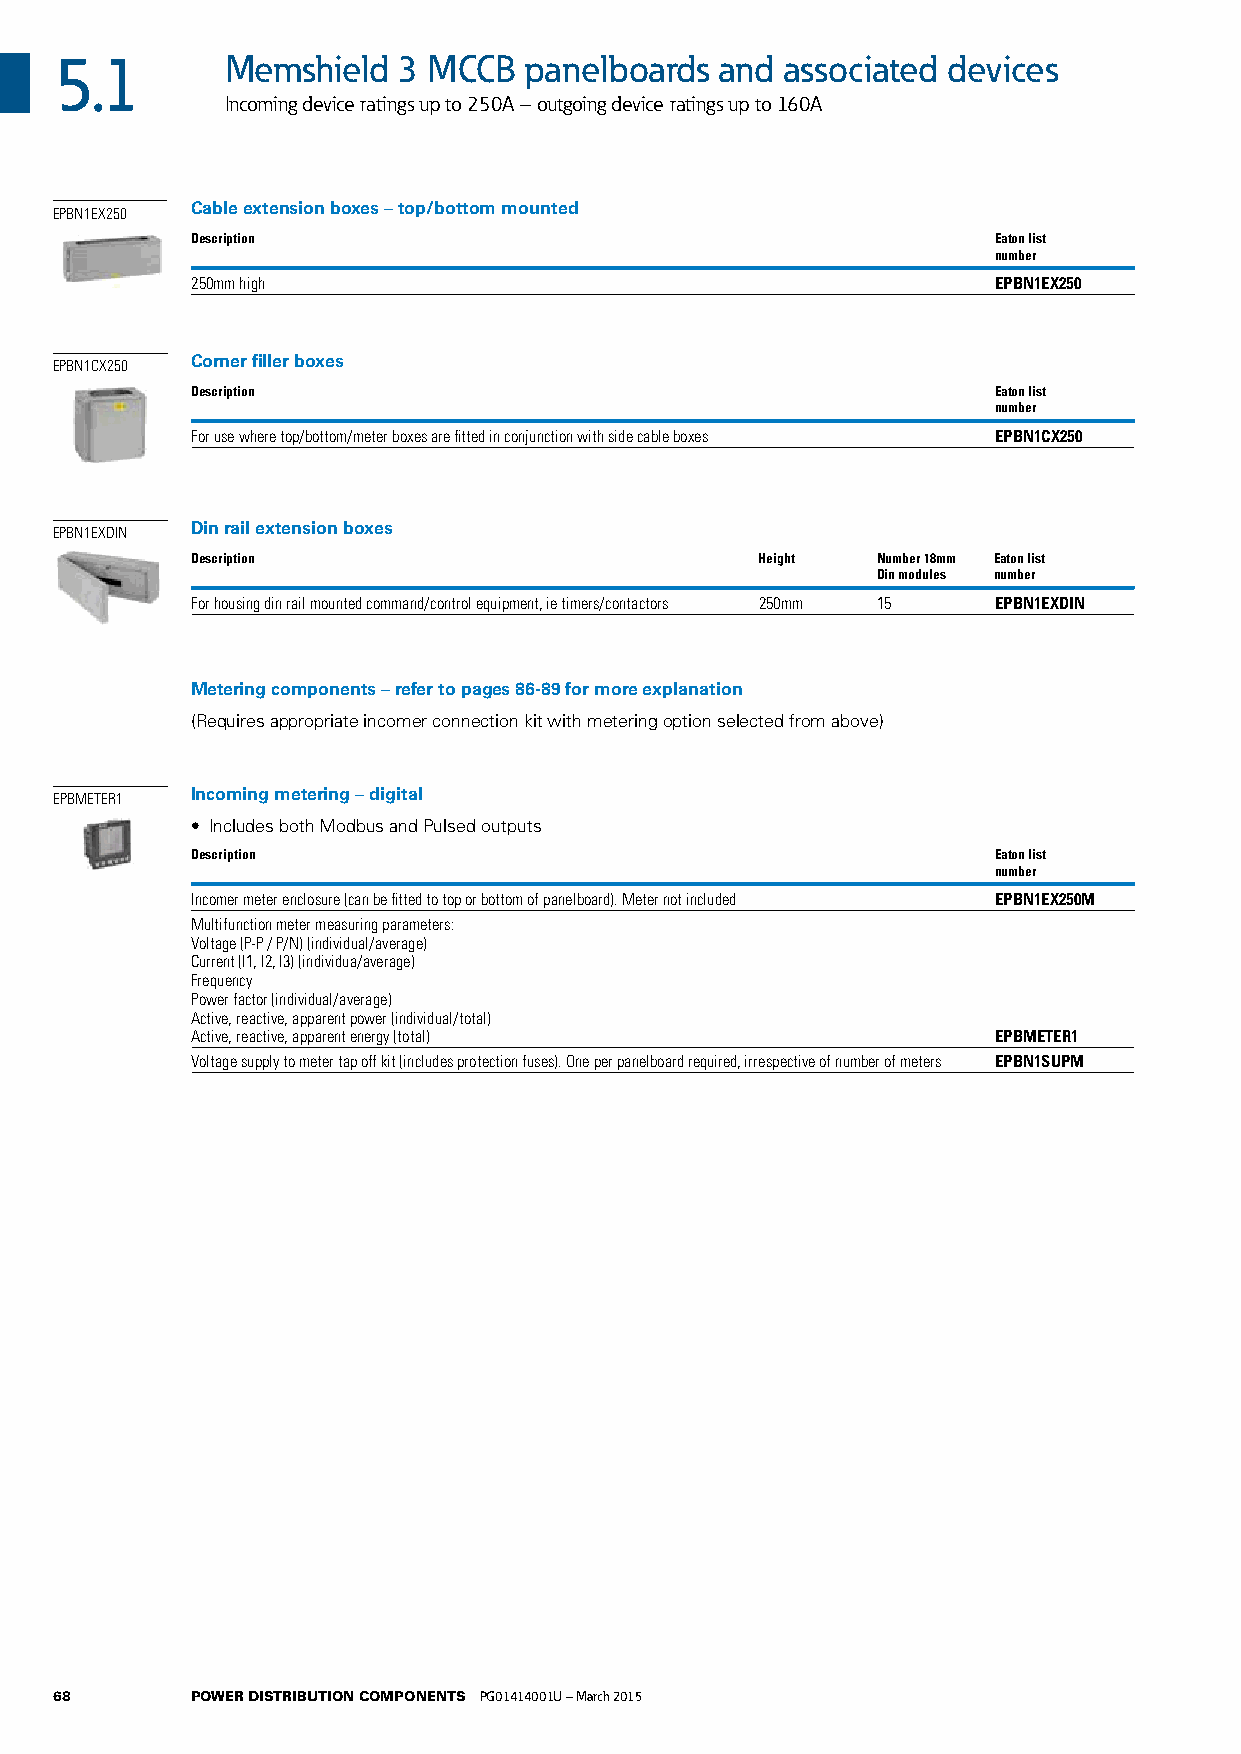
5.1        Memshield  3 MCCB   panelboards  and associated devices
 Incoming device ratings up to 250A – outgoing device ratings up to 160A
 Cable extension boxes – top/bottom mounted
 EPBN1EX250
 Description                                          Eaton list
 number
 250mm high                                           EPBN1EX250
 Corner filler boxes
 EPBN1CX250
 Description                                          Eaton list
 number
 For use where top/bottom/meter boxes are fitted in conjunction with side cable boxes EPBN1CX250
 Din rail extension boxes
 EPBN1EXDIN
 Description                          Height  Number 18mm Eaton list
 Din modules number
 For housing din rail mounted command/control equipment, ie timers/contactors 250mm 15 EPBN1EXDIN
 Metering components – refer to pages 86-89 for more explanation
 (Requires appropriate incomer connection kit with metering option selected from above)
 Incoming metering – digital
 EPBMETER1
 • Includes both Modbus and Pulsed outputs
 Description                                          Eaton list
 number
 Incomer meter enclosure (can be fitted to top or bottom of panelboard). Meter not included EPBN1EX250M
 Multifunction meter measuring parameters:
 Voltage (P-P / P/N) (individual/average)
 Current (I1, I2, I3) (individua/average)
 Frequency
 Power factor (individual/average)
 Active, reactive, apparent power (individual/total)
 Active, reactive, apparent energy (total)            EPBMETER1
 Voltage supply to meter tap off kit (includes protection fuses). One per panelboard required, irrespective of number of meters EPBN1SUPM
 68       POWER DISTRIBUTION COMPONENTS PG01414001U – March 2015